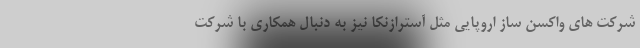
شرکت های واکسن ساز اروپایی مثل آسترازنکا نیز به دنبال همکاری با شرکت